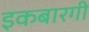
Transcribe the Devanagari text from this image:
इकबारगी